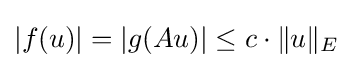
|f(u)|=|g(Au)|\leq c\cdot \|u\|_{E}